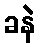
ခနဲ